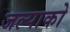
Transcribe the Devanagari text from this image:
जल्पाको